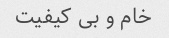
خام و بی کیفیت